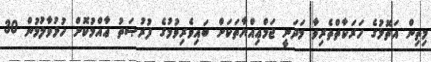
މިތިން އަތޮޅުގެ ހަރަކާތްތެރިވާ މަދަނީ ޖަމްޢިއްޔާތަކަށް ބައިވެރިވުމުގެ ފުރުޞަތު ޢާއްމުކޮށް ހުޅުވާލުމުން 30